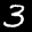
Label: 3